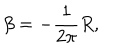
LaTeX: \beta = - \frac { 1 } { 2 \pi } R ,